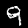
Digit: 9